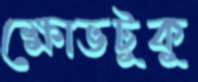
ক্ষোভটুকু